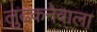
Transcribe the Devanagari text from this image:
लुढ़कनेवाला